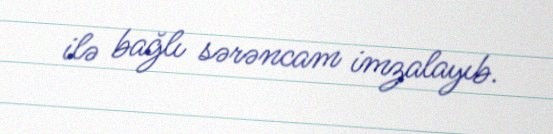
ilə bağlı sərəncam imzalayıb.